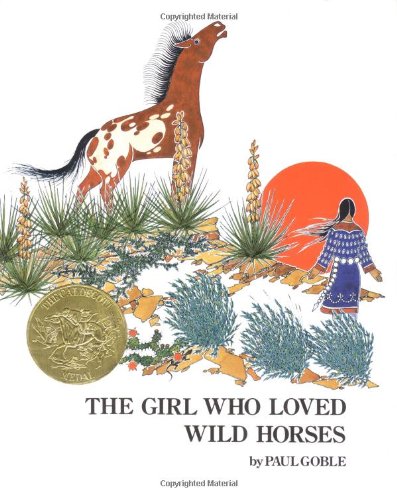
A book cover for Girl Who Loved Wild Horses (Richard Jackson Books (Atheneum Hardcover)); Paul Goble; Children's Books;